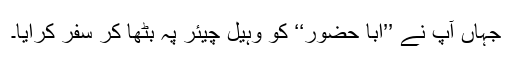
جہاں آپ نے ’’ابا حضور‘‘ کو وہیل چیئر پہ بٹھا کر سفر کرایا۔